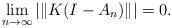
LaTeX: \begin{align*}\lim_{n \to \infty} |\|K(I-A_n)\|| = 0.\end{align*}